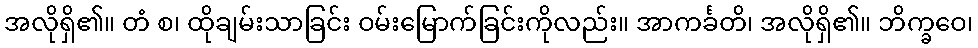
အလိုရှိ၏။ တံ စ၊ ထိုချမ်းသာခြင်း ဝမ်းမြောက်ခြင်းကိုလည်း။ အာကင်္ခတိ၊ အလိုရှိ၏။ ဘိက္ခဝေ၊